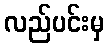
လည်ပင်းမှ